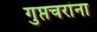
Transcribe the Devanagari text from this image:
गुप्तचरांना